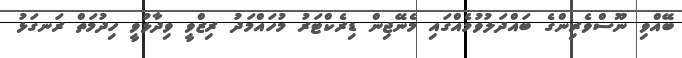
ބޭއްވި ނޫސްވެރިންގެ ބައްދަލުވުމެއްގައި މެނޭޖިން ޑިރެކްޓަރު މުހައްމަދު ރިޒްވީ ވިދާޅުވީ ހިދުމަތް ރަނގަޅު